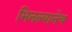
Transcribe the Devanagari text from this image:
भिनल्यानेच